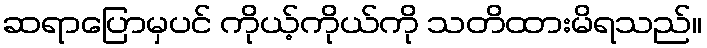
ဆရာပြောမှပင် ကိုယ့်ကိုယ်ကို သတိထားမိရသည်။